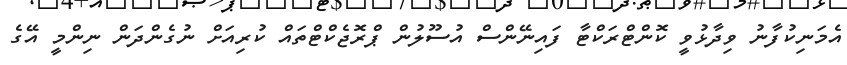
އެމަނިކުފާނު ވިދާޅުވީ ކޮންޓްރަކްޓާ ފައިނޭންސް އުސޫލުން ޕްރޮޖެކްޓްތައް ކުރިއަށް ނުގެންދަން ނިންމީ އޭގެ